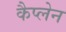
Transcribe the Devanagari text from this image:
कैप्लेन